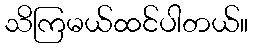
သိကြမယ်ထင်ပါတယ်။